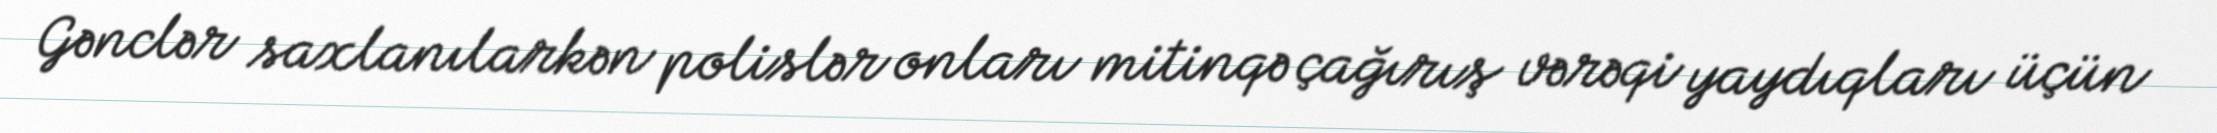
Gənclər saxlanılarkən polislər onları mitinqə çağırış vərəqi yaydıqları üçün